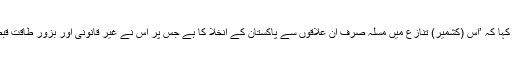
انہوں نے مزید کہا کہ ’اس (کشمیر) تنازع میں مسٔلہ صرف ان علاقوں سے پاکستان کے انخلا کا ہے جس پر اس نے غیر قانونی اور بزورِ طاقت قبضہ کیا ہوا ہے۔